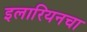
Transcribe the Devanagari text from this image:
इलारियनचा